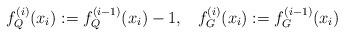
LaTeX: \begin{align*}f^{(i)}_Q(x_i) := f^{(i-1)}_Q(x_i)-1, \;\;\;f^{(i)}_G(x_i) := f^{(i-1)}_G(x_i)\end{align*}